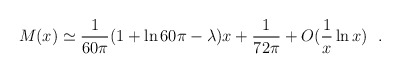
\begin{align*}M(x)\simeq {1\over 60\pi}(1+\ln 60\pi-\lambda )x+{1\over 72\pi}+O({1\over x}\ln x)~~.\end{align*}